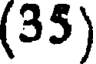
(35)